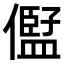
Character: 𠏫